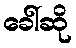
ခေါ်ဆို